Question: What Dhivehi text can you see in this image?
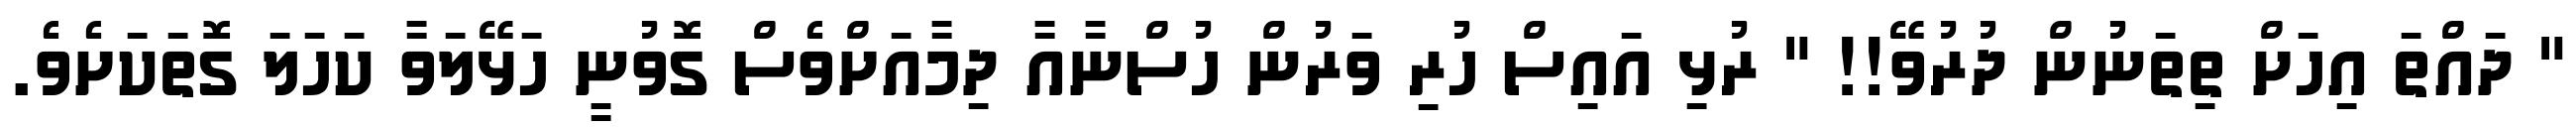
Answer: " ދައްތަ އިހަށް ތިތަނުން ދުރުވޭ!! " ރުޅި އައިސް ހުރި ވަރުން ހުސްނާއާ ދިމާއަށްވެސް ގޮވުނީ ހަޅޭލަވާ ކަހަލަ ގޮތަކަށެވެ.